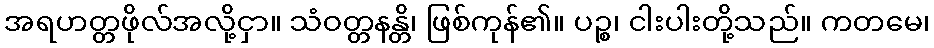
အရဟတ္တဖိုလ်အလို့ငှာ။ သံဝတ္တနန္တိ၊ ဖြစ်ကုန်၏။ ပဉ္စ၊ ငါးပါးတို့သည်။ ကတမေ၊